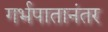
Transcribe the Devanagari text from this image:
गर्भपातानंतर